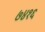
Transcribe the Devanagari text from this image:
७४१६